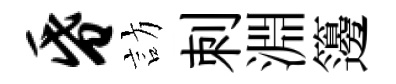
昏訪刺淵籩